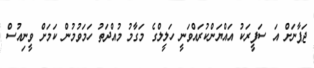
ޖަޕާނަށް އަ ސަފީރަކު އައްޔަންކުރައްވަނީ ހަލީލްގެ މަގާމު މުއްދަތު ހަމަވުމުން ކަމަށް ވީނިއުސް